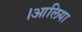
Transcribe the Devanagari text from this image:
।आलिया